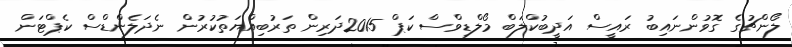
ލޯންޗުގެ ގޮވުންނައިބު ރައީސް އަދީބުކްލަބް މޯލްޑިވްސް ކަޕް 2015ދަރިން ތަރުބިއްޔަތުކުރުން ނެދަލެންޑްސް ކެޕްޓަން